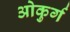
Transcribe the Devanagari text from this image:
ओकुर्ग